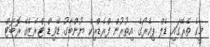
މީގެ ތެރޭގައި ޑެލް ޕިއެރޯގެ އިތުރުން ފްރެޑްރިކް ޔުންބާގު ޑޭވިޑް ޓްރެޒެގޭ ރޮބަޓް